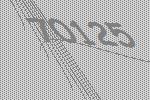
70125